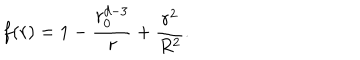
f ( r ) = 1 - \frac { r _ { 0 } ^ { d - 3 } } { r } + \frac { r ^ { 2 } } { R ^ { 2 } } .